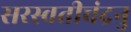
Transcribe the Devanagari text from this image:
सरस्वतीचंद्रनु